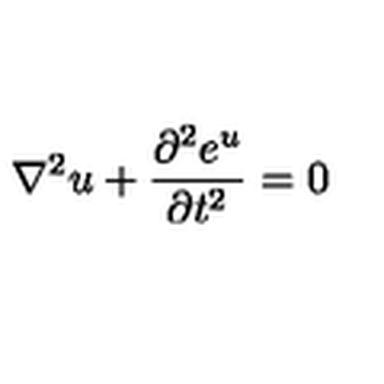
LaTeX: \nabla ^ { 2 } u + { \frac { \partial ^ { 2 } e ^ { u } } { \partial t ^ { 2 } } } = 0